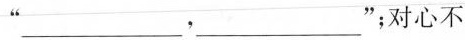
”___，___”；对心不